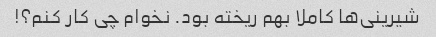
شیرینی‌ها کاملا بهم ریخته بود. نخوام چی کار کنم؟!